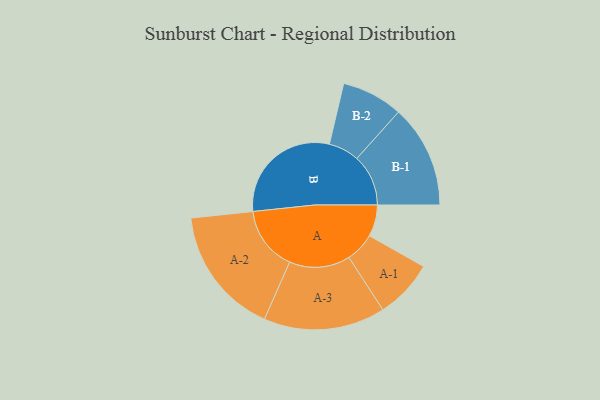
{"axis": {"x": "Segment", "y": "Value"}, "legend": ["", "A", "B"], "data": [{"x": "A", "y": 135, "type": ""}, {"x": "B", "y": 500, "type": ""}, {"x": "A-1", "y": 126, "type": "A"}, {"x": "A-2", "y": 275, "type": "A"}, {"x": "A-3", "y": 260, "type": "A"}, {"x": "B-1", "y": 220, "type": "B"}, {"x": "B-2", "y": 131, "type": "B"}]}